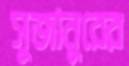
সুজানুরের